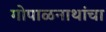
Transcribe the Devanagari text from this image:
गोपाळनाथांचा